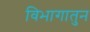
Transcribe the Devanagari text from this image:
विभागातुन